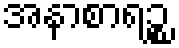
အနာစာရဉ္စ